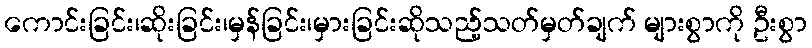
ကောင်းခြင်း၊ဆိုးခြင်း၊မှန်ခြင်း၊မှားခြင်းဆိုသည့်သတ်မှတ်ချက် များစွာကို ဦးစွာ